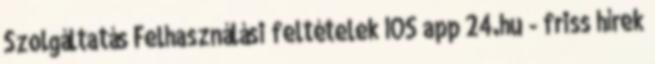
Szolgáltatás Felhasználási feltételek IOS app 24.hu - friss hírek